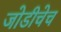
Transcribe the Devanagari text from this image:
जोडीचेच